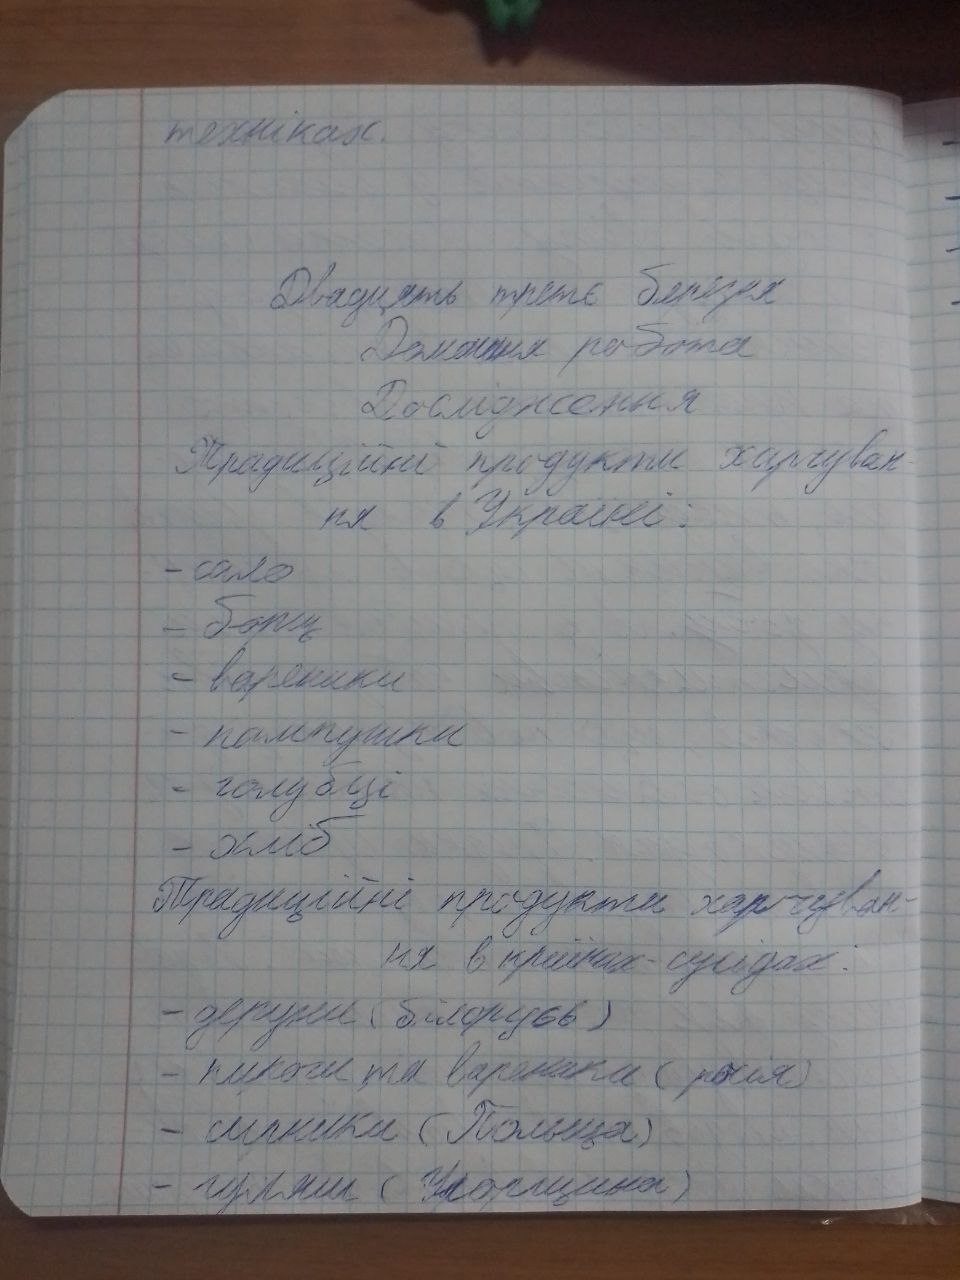
техніках.
Двадцать третє березня
Домашня робота
Дослідження
Традиційні продукти харчуван-
ня в Україні.
- сало
- борщ
- вареники
- пампушки
- голубці
- хліб
Традиційні продукти харчуван-
ня в країнах сусідах:
- деруни (білорусь)
- пироги та вареники (росія)
- сирники (Польша)
- гуляш (Угорщина)